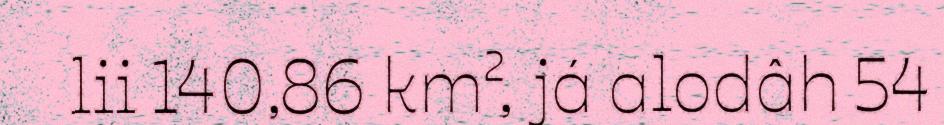
lii 140,86 km², já alodâh 54